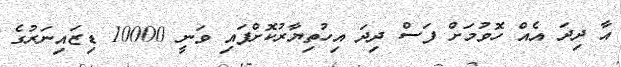
އާ ދިދަ އެއް ހޮވުމަށް ފަސް ދިދަ އިހުތިޔާރުކޮށްފައި ވަނީ 10000 ޑިޒައިނަރުގެ